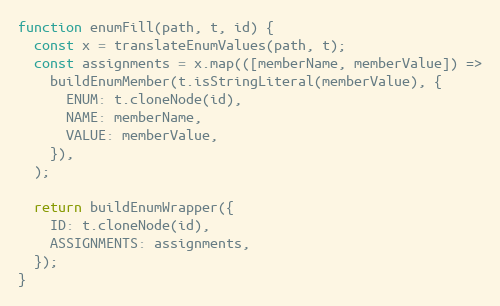
Language: JavaScript
function enumFill(path, t, id) {
  const x = translateEnumValues(path, t);
  const assignments = x.map(([memberName, memberValue]) =>
    buildEnumMember(t.isStringLiteral(memberValue), {
      ENUM: t.cloneNode(id),
      NAME: memberName,
      VALUE: memberValue,
    }),
  );

  return buildEnumWrapper({
    ID: t.cloneNode(id),
    ASSIGNMENTS: assignments,
  });
}